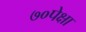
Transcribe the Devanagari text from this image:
७०पेक्षा